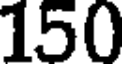
150